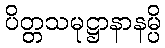
ပိတ္တသမုဋ္ဌာနာနမ္ပိ